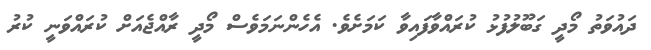
ދައުވަތު މޯދީ ގަބޫލުފުޅު ކުރައްވާފައިވާ ކަމަށެވެ. އެހެންނަމަވެސް މޯދީ ރާއްޖެއަށް ކުރައްވަނީ ކުރު